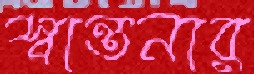
স্বান্তনার